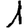
Digit: 1